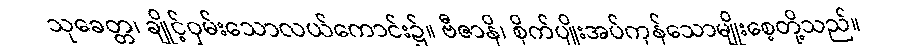
သုခေတ္တ၊ ချိုင့်ဝှမ်းသောလယ်ကောင်း၌။ ဗီဇာနိ၊ စိုက်ပျိုးအပ်ကုန်သောမျိုးစေ့တို့သည်။